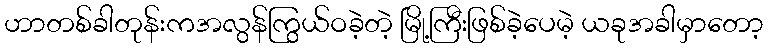
ဟာတစ်ခါတုန်းကအလွန်ကြွယ်ဝခဲ့တဲ့ မြို့ကြီးဖြစ်ခဲ့ပေမဲ့ ယခုအခါမှာတော့